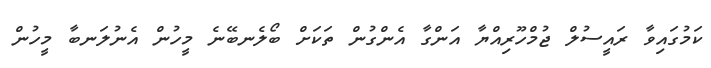
ކަމުގައިވާ ރައީސުލް ޖުމްހޫރިއްޔާ އަންގާ އެންގުން ތަަކަށް ބޯލެނބޭނެ މީހުން އެނުލަނބާ މީހުން